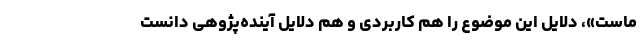
ماست»، دلایل این موضوع را هم کاربردی و هم دلایل آینده‌پژوهی دانست